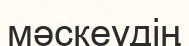
мәскеудің